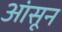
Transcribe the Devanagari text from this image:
आंसून